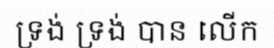
ទ្រង់ ទ្រង់ បាន លើក